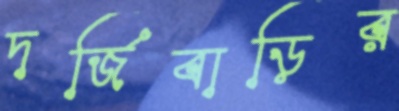
দর্জিবাড়ির